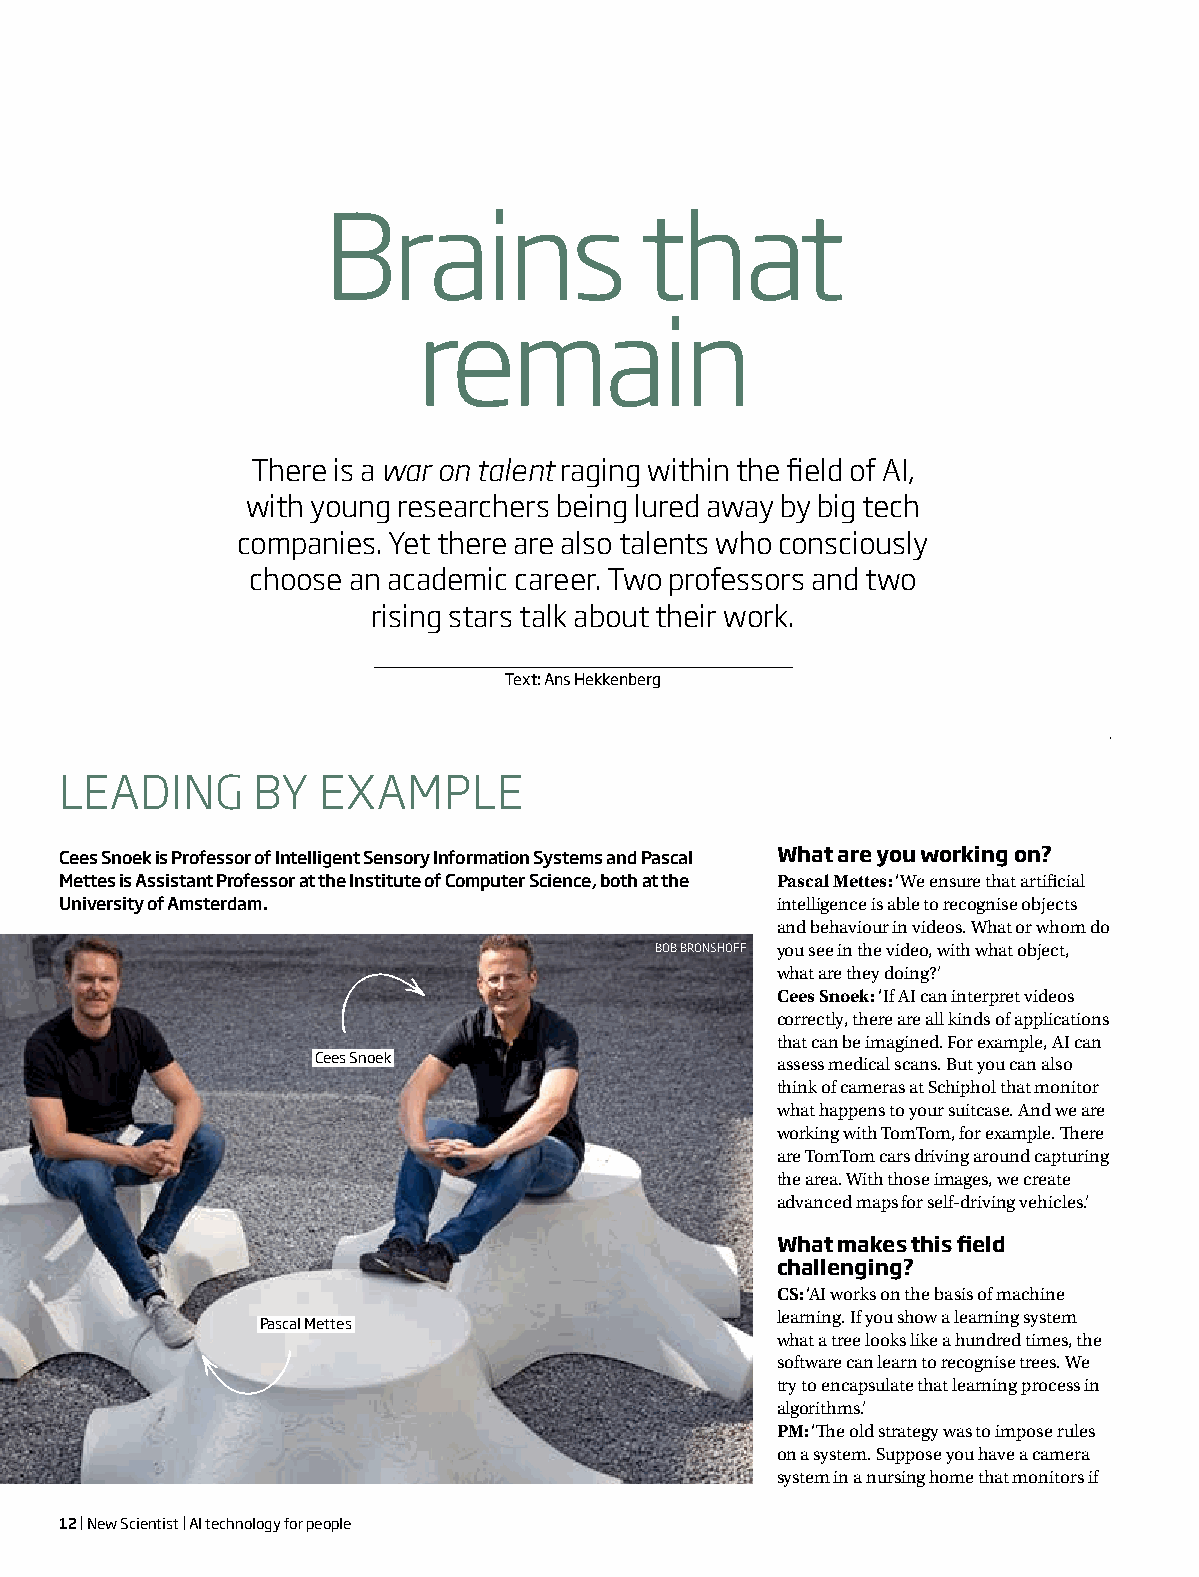
Brains               that
 remain
 There is a war on talent raging within the field of AI,
 with young researchers being lured away by big tech
 companies. Yet there are also talents who consciously
 choose an academic career. Two professors and two
 rising stars talk a bout their work.
 Text: Ans Hekkenberg
 LEADING      BY  EXAMPLE
 Cees Snoek is Professor of Intelligent Sensory Information Systems and Pascal What are you working on?
 Mettes is Assistant Professor at the Institute of Computer Science, both at the Pascal Mettes: ‘We ensure that artificial
 University of Amsterdam.                       intelligence is able to recognise objects
 and behaviour in videos. What or whom do
 BOB BRONSHOFF you see in the video, with what object,
 what are they doing?’
 Cees Snoek: ‘If AI can interpret videos
 correctly, there are all kinds of applications
 that can be imagined. For example, AI can
 Cees Snoek                    assess medical scans. But you can also
 think of cameras at Schiphol that monitor
 what happens to your suitcase. And we are
 working with TomTom, for example. There
 are TomTom cars driving around capturing
 the area. With those images, we create
 advanced maps for self-driving vehicles.’
 What makes this field
 challenging?
 CS: ‘AI works on the basis of machine
 learning. If you show a learning system
 Pascal Mettes
 what a tree looks like a hundred times, the
 software can learn to recognise trees. We
 try to encapsulate that learning process in
 algorithms.’
 PM: ‘The old strategy was to impose rules
 on a system. Suppose you have a camera
 system in a nursing home that monitors if
 12 | New Scientist | AI technology for people